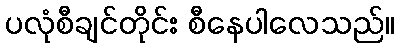
ပလုံစီချင်တိုင်း စီနေပါလေသည်။